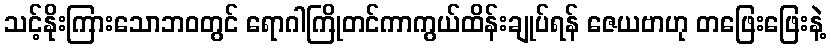
သင့်နိုးကြားသောဘဝတွင် ရောဂါကြိုတင်ကာကွယ်ထိန်းချုပ်ရန် ဇေယဗာဟု တဖြေးဖြေးနဲ့